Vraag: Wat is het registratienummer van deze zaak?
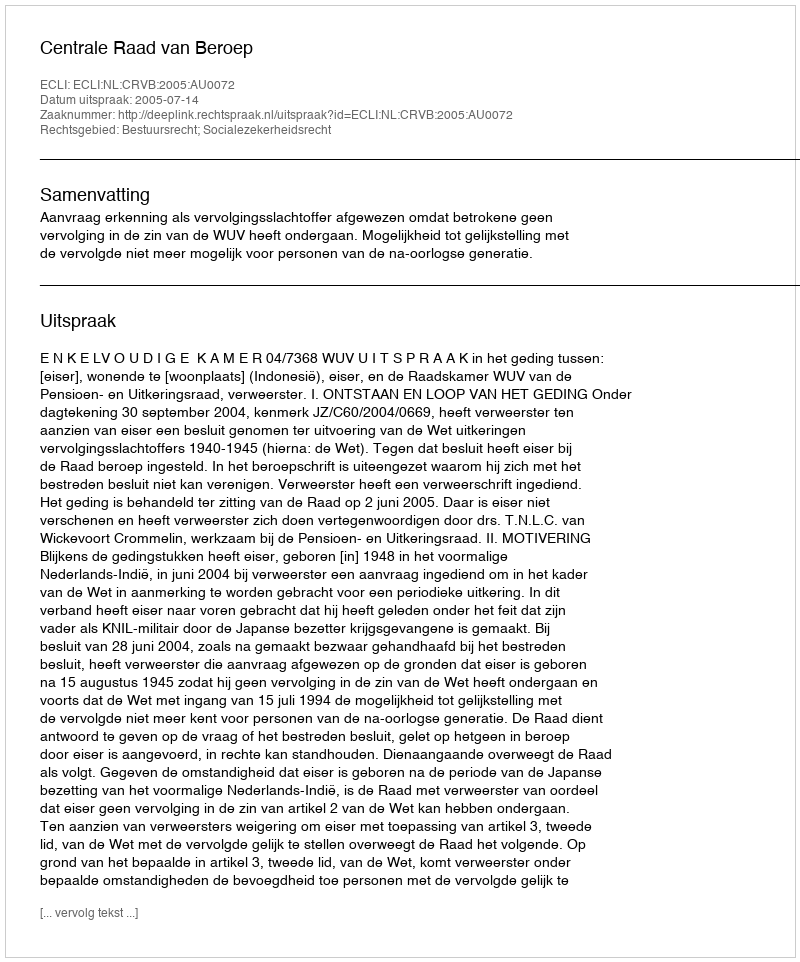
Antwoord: http://deeplink.rechtspraak.nl/uitspraak?id=ECLI:NL:CRVB:2005:AU0072